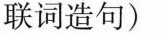
联词造句)